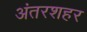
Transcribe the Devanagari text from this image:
अंतरशहर